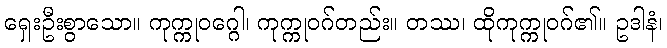
ရှေးဦးစွာသော။ ကုက္ကုဝဂ္ဂေါ၊ ကုက္ကုဝဂ်တည်း။ တဿ၊ ထိုကုက္ကုဝဂ်၏။ ဥဒါနံ၊